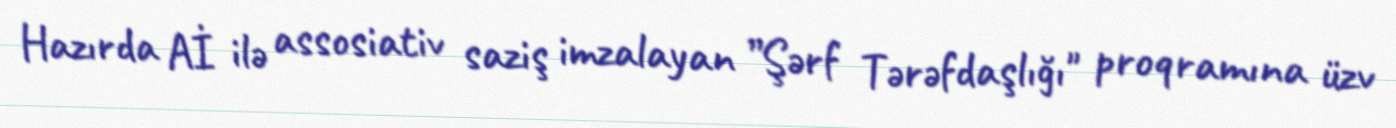
Hazırda Aİ ilə assosiativ saziş imzalayan ”Şərf Tərəfdaşlığı" proqramına üzv